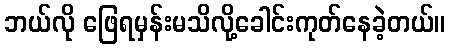
ဘယ်လို ဖြေရမှန်းမသိလို့ခေါင်းကုတ်နေခဲ့တယ်။